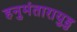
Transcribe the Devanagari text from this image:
हनुमंतारायुडु